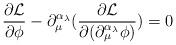
LaTeX: \begin{align*}\frac{\partial\mathcal{L}}{\partial\phi}-\partial_{\mu}^{\alpha_{\lambda}}(\frac{\partial\mathcal{L}}{\partial(\partial_{\mu}^{\alpha_{\lambda}}\phi)})=0\end{align*}